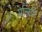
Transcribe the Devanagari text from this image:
ऐन्टिटि